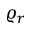
\varrho _ { r }